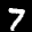
Label: 7